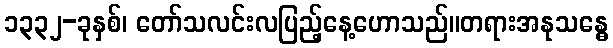
၁၃၃၂-ခုနှစ်၊ တော်သလင်းလပြည့်နေ့ဟောသည်။တရားအနုသန္ဓေ